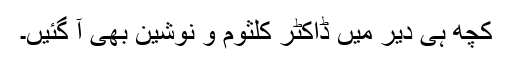
کچھ ہی دیر میں ڈاکٹر کلثوم و نوشین بھی آ گئیں۔